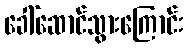
ခေါ်ဆောင်သွားကြောင်း